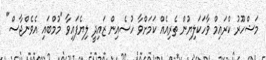
މަޝްހޫރު ކްރައިމް ވާހަކަލިޔުން ތެރިއެއް ކަމަށްވާ ހުސެއިން ޒައިދީ ލިޔެފައިވާ "މުމްބައި އެވެންޖާސް"